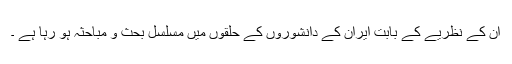
ان کے نظریے کے بابت ایران کے دانشوروں کے حلقوں میں مسلسل بحث و مباحثہ ہو رہا ہے ۔